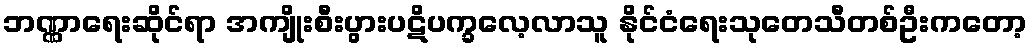
ဘဏ္ဏာရေးဆိုင်ရာ အကျိုးစီးပွားပဋိပက္ခလေ့လာသူ နိုင်ငံရေးသုတေသီတစ်ဦးကတော့